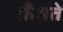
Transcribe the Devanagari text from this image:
फ़ँसते